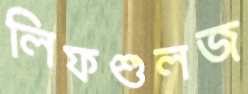
লিফশুলজ